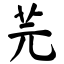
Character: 芫